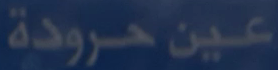
عين-حرودة